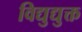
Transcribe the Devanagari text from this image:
विद्युद्युक्त